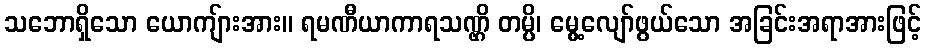
သဘောရှိသော ယောကျ်ားအား။ ရမဏီယာကာရသဏ္ဌိ တမ္ပိ၊ မွေ့လျော်ဖွယ်သော အခြင်းအရာအားဖြင့်